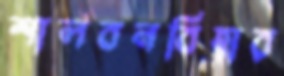
শালবনবিহার